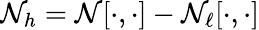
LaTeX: \mathcal{N}_{h}=\mathcal{N}[\cdot,\cdot]-\mathcal{N}_{\ell}[\cdot,\cdot]